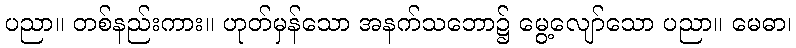
ပညာ။ တစ်နည်းကား။ ဟုတ်မှန်သော အနက်သဘော၌ မွေ့လျော်သော ပညာ။ မေဓာ၊